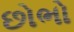
છોભો